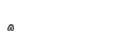
٤